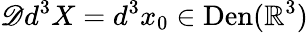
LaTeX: \mathscr{D}d^{3}X=d^{3}x_{0}\in\mathrm{Den}(\mathbb{R}^{3})